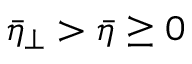
\bar { \eta } _ { \perp } > \bar { \eta } \ge 0